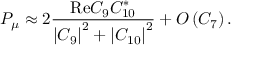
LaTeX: { \cal P } _ { \mu } \approx 2 \frac { \mathrm { R e } C _ { 9 } C _ { 1 0 } ^ { * } } { \left| C _ { 9 } \right| ^ { 2 } + \left| C _ { 1 0 } \right| ^ { 2 } } + { \cal O } \left( C _ { 7 } \right) .